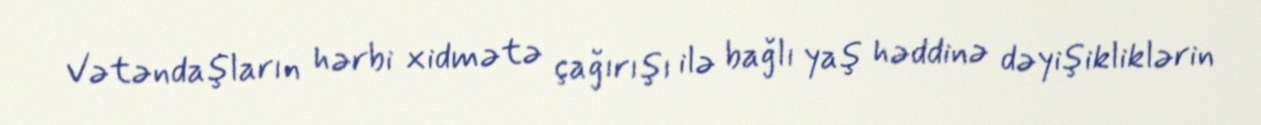
Vətəndaşların hərbi xidmətə çağırışı ilə bağlı yaş həddinə dəyişikliklərin